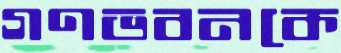
গণভবনকে